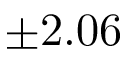
\pm 2 . 0 6